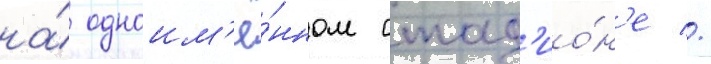
на́ одноим'ё́нном стад'ио́н'е //